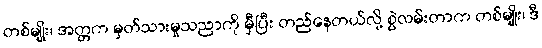
တစ်မျိုး၊ အတ္တက မှတ်သားမှုသညာကို မှီပြီး တည်နေတယ်လို့ စွဲလမ်းတာက တစ်မျိုး၊ ဒီ